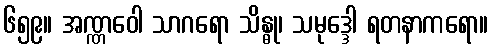
၆၅၉။ အဏ္ဏဝေါ သာဂရော သိန္ဓု၊ သမုဒ္ဒေါ ရတနာကရော။